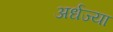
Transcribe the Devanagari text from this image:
अर्धज्या